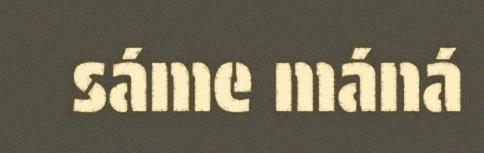
sáme máná